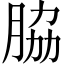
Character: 脇